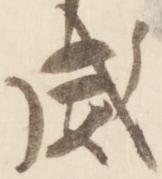
威